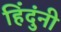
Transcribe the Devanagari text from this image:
हिंदुंनी